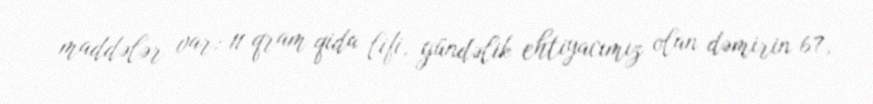
maddələr var: 11 qram qida lifi, gündəlik ehtiyacımız olan dəmirin 67,